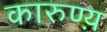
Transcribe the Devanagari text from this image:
कारुण्य़